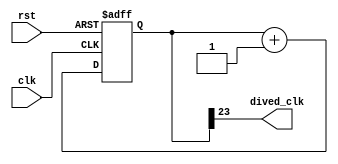
module clock_div_mani ( clk, dived_clk,rst);
parameter n = 23;
input clk;
input rst;
output dived_clk;
// add your design here
reg[n:0] counter;

always @(posedge clk,posedge rst)begin
        if(rst == 1)
        counter = 0;
        else counter=counter + 1;

end

assign dived_clk = counter[n];


endmodule